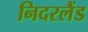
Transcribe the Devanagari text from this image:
निदरलैंड